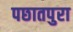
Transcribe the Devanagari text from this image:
पछातपुरा